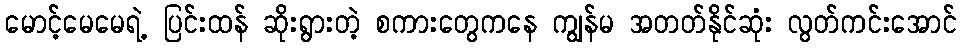
မောင့်မေမေရဲ့ ပြင်းထန် ဆိုးရွားတဲ့ စကားတွေကနေ ကျွန်မ အတတ်နိုင်ဆုံး လွတ်ကင်းအောင်